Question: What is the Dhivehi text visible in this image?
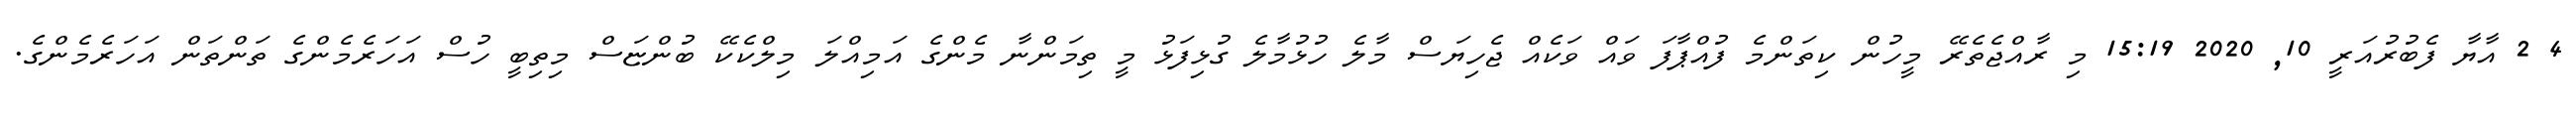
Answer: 4 2 އާޔާ ފެބުރުއަރީ 10, 2020 15:19 މި ރާއްޖެތެރޭ މީހުން ކިތަންމެ ފުއްޕާފަ ވައް ވަކެއް ޖެހިޔަސް މާލެ ހުޅުމާލެ ގުޅިފަޅު މީ ތިމަންނާ މެންގެ އަމިއްލަ މިލްކެކޭ ބުންޏަސް މިތިބީ ހުސް އަހަރެމެންގެ ތަންތަން އަހަރެމެންގެ.